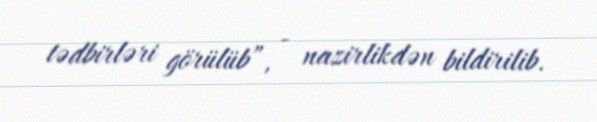
tədbirləri görülüb”, - nazirlikdən bildirilib.